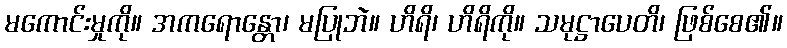
မကောင်းမှုကို။ အကရောန္တော၊ မပြုဘဲ။ ဟိရိ၊ ဟိရိကို။ သမုဋ္ဌာပေတိ၊ ဖြစ်စေ၏။